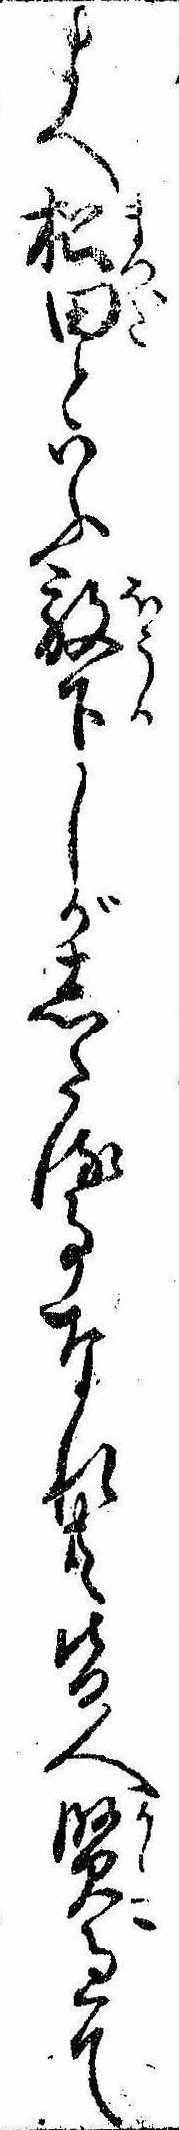
まへ松田といふ放下しがしたる事なれ共皆人賢過て